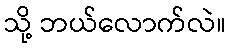
သို့ ဘယ်လောက်လဲ။